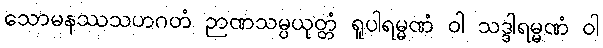
သောမနဿသဟဂတံ ဉာဏသမ္ပယုတ္တံ ရူပါရမ္မဏံ ဝါ သဒ္ဒါရမ္မဏံ ဝါ